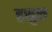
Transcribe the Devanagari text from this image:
हसुरू